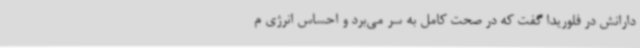
دارانش در فلوریدا گفت که در صحت کامل به سر می‌برد و احساس انرژی م